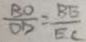
\frac { B O } { O D } = \frac { B E } { E C }